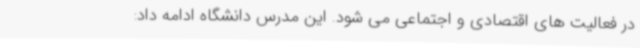
در فعالیت های اقتصادی و اجتماعی می شود. این مدرس دانشگاه ادامه داد: